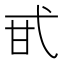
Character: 甙